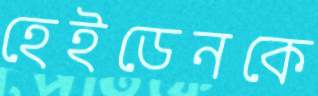
হেইডেনকে